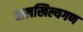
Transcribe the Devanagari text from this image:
बालखिल्यगण